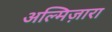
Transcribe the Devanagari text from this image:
अल्मिज़ारा